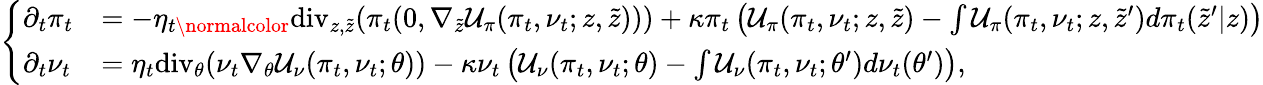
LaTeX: \left\{ \begin{array}{ll}{\partial_{t}\pi_{t}}&{=-\eta_{t\normalcolor}\mathrm{div}_{z,\tilde{z}}(\pi_{t}(0,\nabla_{\tilde{z}}\mathcal{U}_{\pi}(\pi_{t},\nu_{t};z,\tilde{z})))+\kappa\pi_{t}\left(\mathcal{U}_{\pi}(\pi_{t},\nu_{t};z,\tilde{z})-\int\mathcal{U}_{\pi}(\pi_{t},\nu_{t};z,\tilde{z}^{\prime})d\pi_{t}(\tilde{z}^{\prime}|z)\right)}\\ {\partial_{t}\nu_{t}}&{=\eta_{t}\mathrm{div}_{\theta}(\nu_{t}\nabla_{\theta}\mathcal{U}_{\nu}(\pi_{t},\nu_{t};\theta))-\kappa\nu_{t}\left(\mathcal{U}_{\nu}(\pi_{t},\nu_{t};\theta)-\int\mathcal{U}_{\nu}(\pi_{t},\nu_{t};\theta^{\prime})d\nu_{t}(\theta^{\prime})\right),}\end{array}\right.